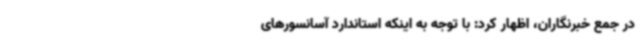
در جمع خبرنگاران، اظهار کرد: با توجه به اینکه استاندارد آسانسورهای